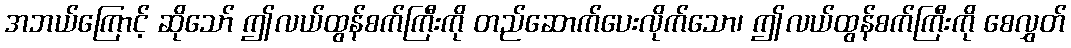
အဘယ်ကြောင့် ဆိုသော် ဤလယ်ထွန်စက်ကြီးကို တည်ဆောက်ပေးလိုက်သော၊ ဤလယ်ထွန်စက်ကြီးကို စေလွှတ်